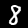
Label: 8